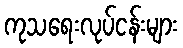
ကုသရေးလုပ်ငန်းများ